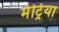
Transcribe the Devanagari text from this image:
मेट्रिया